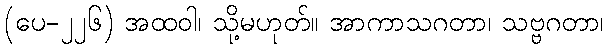
(ပေ-၂၂၆) အထဝါ၊ သို့မဟုတ်။ အာကာသဂတာ၊ သဗ္ဗဂတာ၊